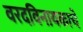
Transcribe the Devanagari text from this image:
वरदविनायकाचे